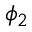
\phi _ { 2 }